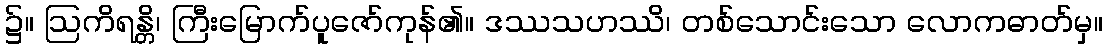
၌။ ဩကိရန္တိ၊ ကြီးမြောက်ပူဇော်ကုန်၏။ ဒဿသဟဿိ၊ တစ်သောင်းသော လောကဓာတ်မှ။